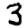
Digit: 3